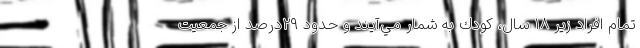
تمام افراد زير ۱۸ سال، كودك به شمار مي‌آيند و حدود ۲۹درصد از جمعيت